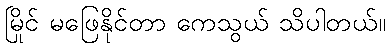
မြိုင် မဖြေနိုင်တာ ကေသွယ် သိပါတယ်။